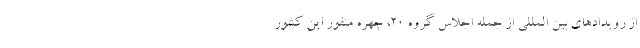
از رویدادهای بین المللی از جمله اجلاس گروه ۲۰، چهره منفور این کشور